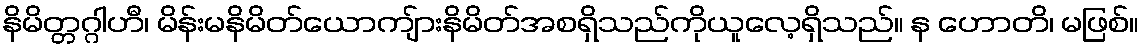
နိမိတ္တဂ္ဂါဟီ၊ မိန်းမနိမိတ်ယောကျ်ားနိမိတ်အစရှိသည်ကိုယူလေ့ရှိသည်။ န ဟောတိ၊ မဖြစ်။